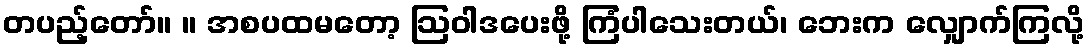
တပည့်တော်။ ။ အစပထမတော့ ဩဝါဒပေးဖို့ ကြံပါသေးတယ်၊ ဘေးက လျှောက်ကြလို့